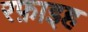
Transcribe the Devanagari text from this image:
रफ़ाइह